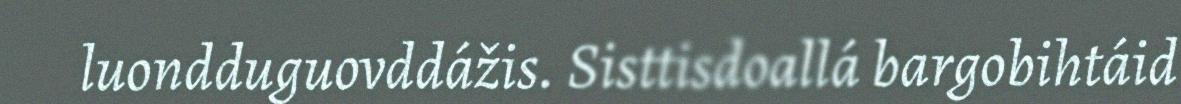
luondduguovddážis. Sisttisdoallá bargobihtáid